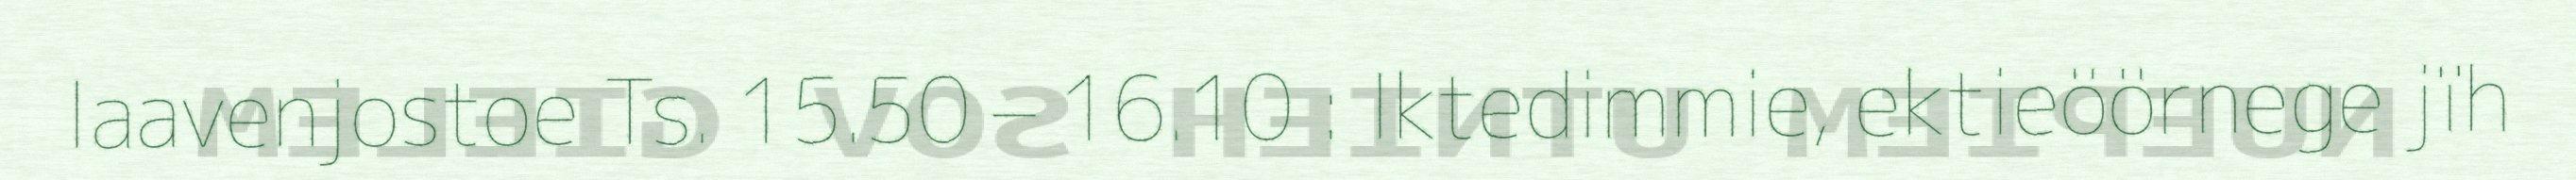
laavenjostoe Ts. 15.50 – 16.10 : Iktedimmie, ektieöörnege jïh